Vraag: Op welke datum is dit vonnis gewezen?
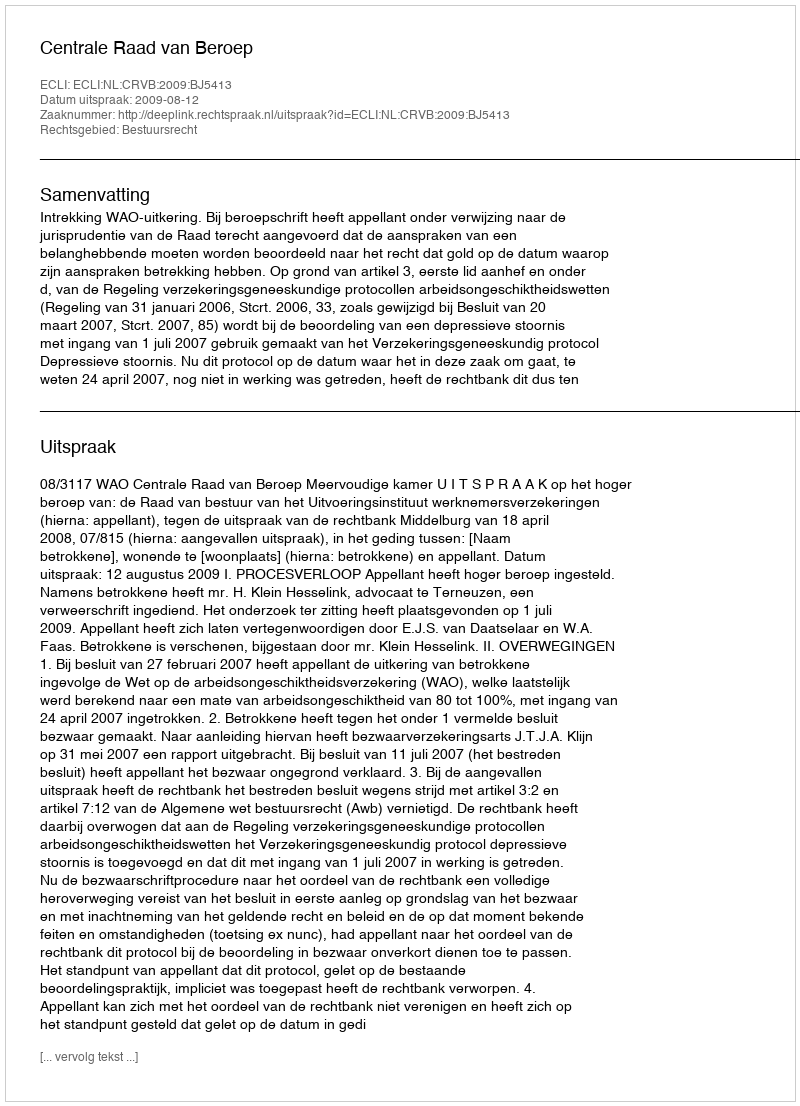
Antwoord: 2009-08-12